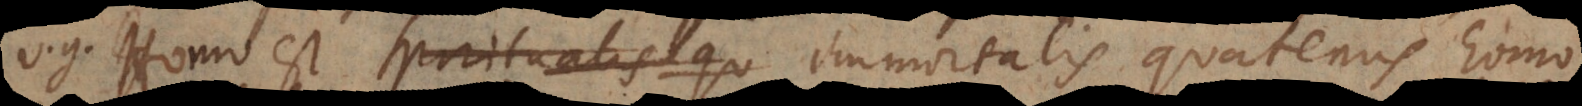
ur Homo est spiritualis qu immortalis quatenus homo